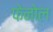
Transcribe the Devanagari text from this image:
फेनोल